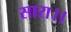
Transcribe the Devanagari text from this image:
सारा।।